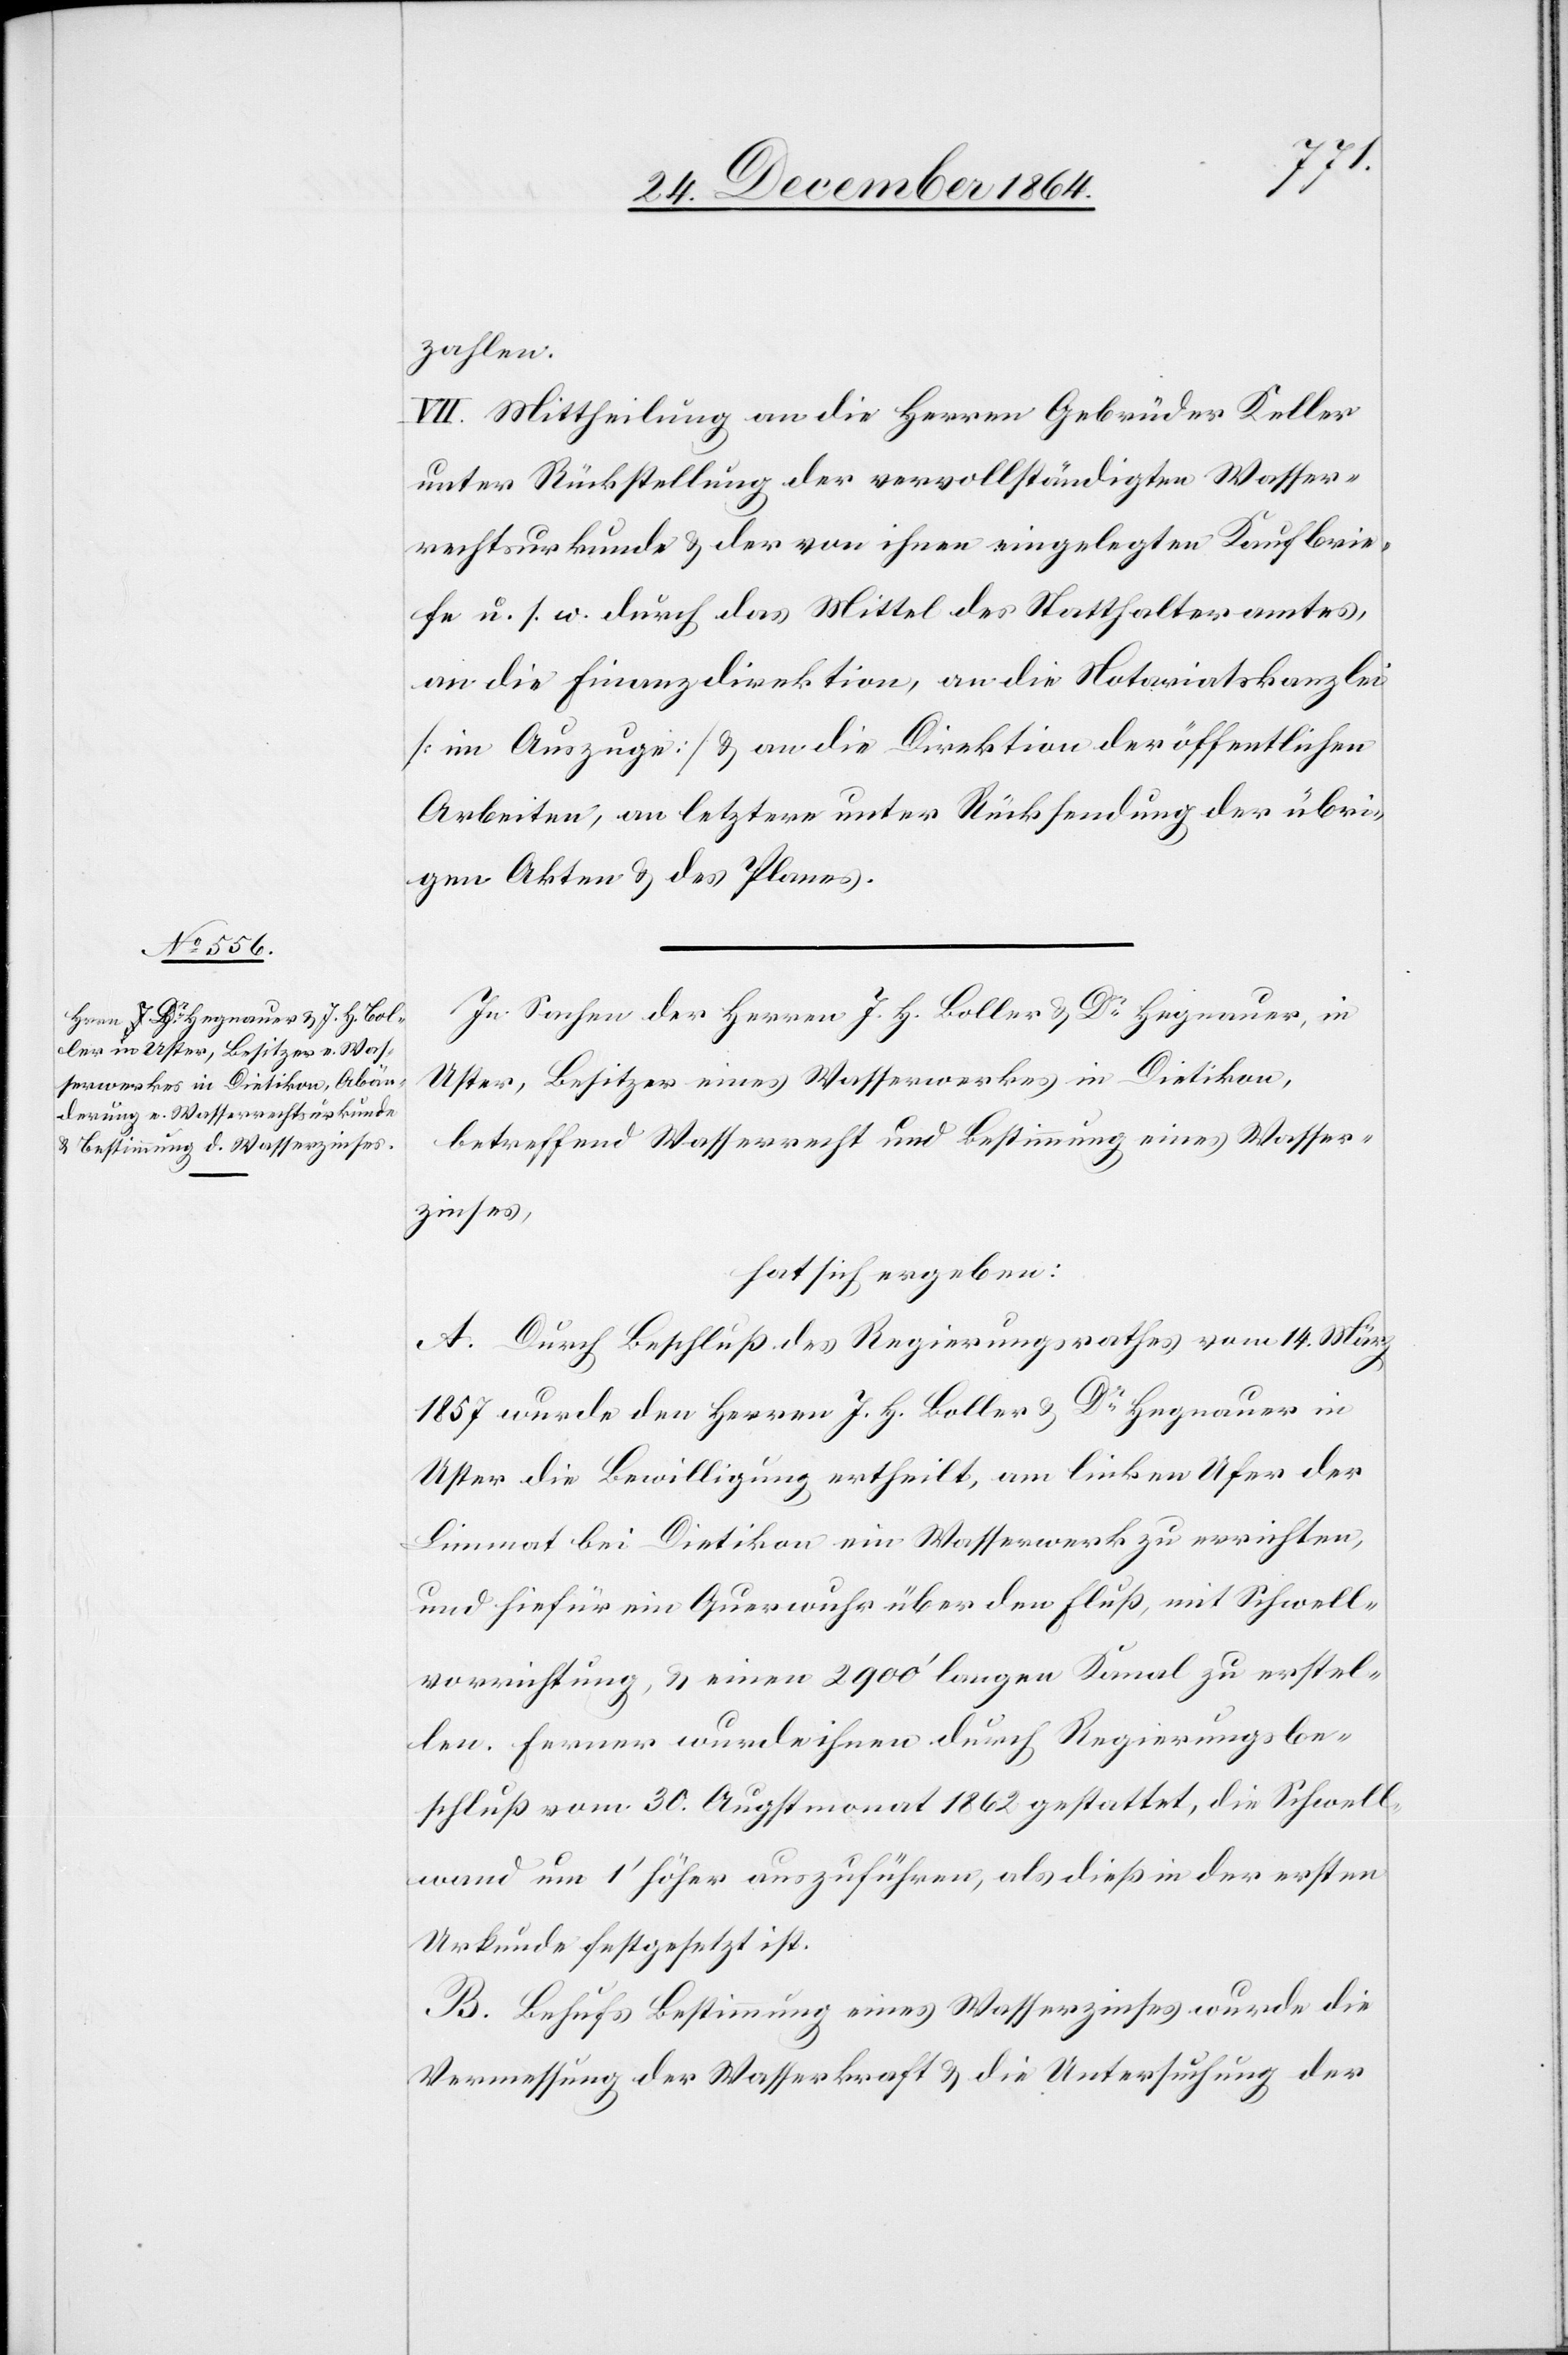
zahlen.
VII. Mittheilung an die Herren Gebrüder Keller
unter Rückstellung der vervollständigten Wasser¬
rechtsurkunde & der von ihnen eingelegten Kaufbrie¬
fe u. s. w. durch das Mittel des Statthalteramtes,
an die Finanzdirektion, an die Notariatskreis
[im Auszuge] & an die Direktion der öffentlichen
Arbeiten, an letztere unter Rücksendung der übri¬
gen Akten & des Planes.
In Sachen der Herren J. H. Boller & Dr Hegnauer, in
Uster, Besitzer eines Wasserwerkes in Dietikon,
betreffend Wasserrecht und Bestimmung eines Wasser¬
zinses,
hat sich ergeben:
A. Durch Beschluß des Regierungsrathes vom 14. März
1857 wurde den Herren J. H. Boller & Dr Hegnauer in
Uster die Bewilligung ertheilt, am linken Ufer der
Limmat bei Dietikon eine Wasserwerk zu errichten,
und hiefür ein Querwuhr über den Fluß, mit Schwell¬
vorrichtung, & einen 2 900’ langen Kanal zu erstel¬
len. Ferner wurde ihnen durch Regierungsbe¬
schluß vom 30. Augstmonat 1862 gestattet, die Schwell¬
wand um 1’ höher auszuführen, als dieß in der ersten
Urkunde festgesetzt ist.
B. Behufs Bestimmung eines Wasserzinses wurde die
Vermessung der Wasserkraft & die Untersuchung der